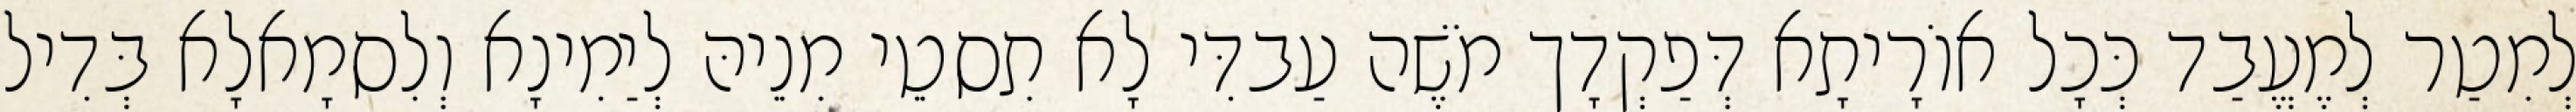
לְמִטַר לְמֶעֱבַד כְּכָל אוֹרָיתָא דְּפַקְדָך מֹשֶׁה עַבדִּי לָא תִסטֵי מִנֵיהּ לְיַמִינָא וְלִסמָאלָא בְּדִיל